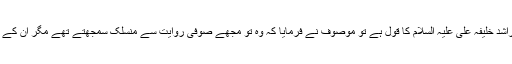
تو عرض کیا کہ یہ چوتھے راشد خلیفہ علی علیہ السلام کا قول ہے تو موصوف نے فرمایا کہ وہ تو مجھے صوفی روایت سے منسلک سمجھتے تھے مگر اُن کے مطابق میں تو کمیونسٹ ہوں۔